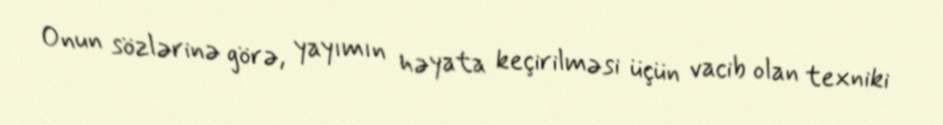
Onun sözlərinə görə, yayımın həyata keçirilməsi üçün vacib olan texniki